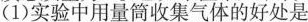
(1)实验中用量筒收集气体的好处是